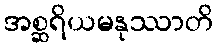
အစ္ဆရိယမနုဿာတိ